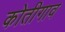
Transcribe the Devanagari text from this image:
कोतीगाव